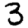
Digit: 3